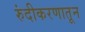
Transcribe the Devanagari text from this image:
रुंदीकरणातून